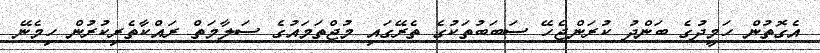
އެގޮތުން ހަމީދުގެ ބަންދު ކުރަންޖެހޭ ސަބަބުތަކުގެ ތެރޭގައި މުޖްތަމައުގެ ސަލާމަތް ރައްކާތެރިކުރުން ހިމެނޭ